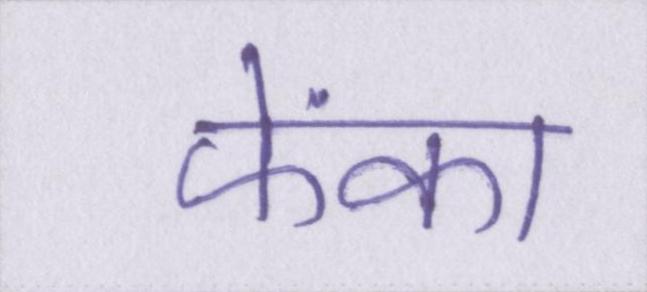
फेंका